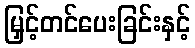
မြှင့်တင်ပေးခြင်းနှင့်